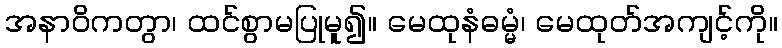
အနာဝိကတွာ၊ ထင်စွာမပြုမူ၍။ မေထုနံဓမ္မံ၊ မေထုတ်အကျင့်ကို။